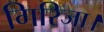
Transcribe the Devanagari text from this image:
गिरिजा।